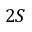
2 S